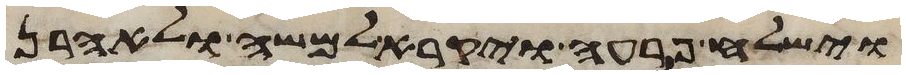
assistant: וישלח פרעה ויקרא למשה ולאהרן